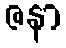
ဇနာ